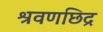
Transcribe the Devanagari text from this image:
श्रवणछिद्र